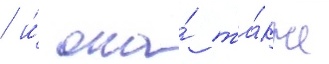
/ и́ она́ та́кже